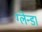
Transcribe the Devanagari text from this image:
ग्लेन्डा